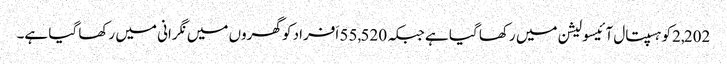
2,202کو ہسپتال آئیسولیشن میں رکھا گیا ہے جبکہ 55,520 اَفراد کو گھروں میں نگرانی میں رکھا گیا ہے۔